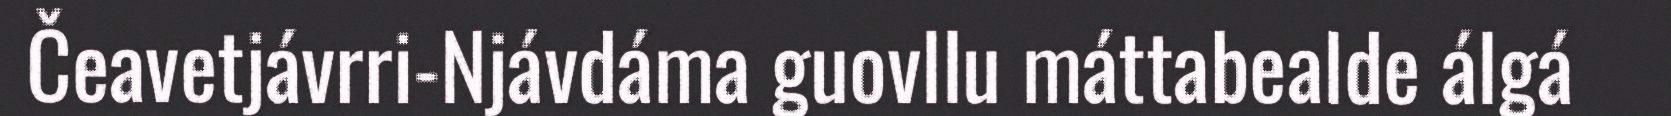
Čeavetjávrri-Njávdáma guovllu máttabealde álgá